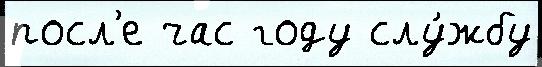
посл'е час году слу́жбу